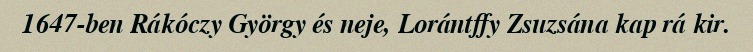
1647-ben Rákóczy György és neje, Lorántffy Zsuzsána kap rá kir.